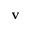
\mathbf v